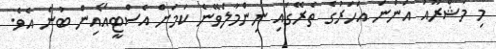
މި މަޝްރޫއު އަންނަ އަހަރުގެ ތެރޭގައި ނިންމާލަވޭނެ ކަމަށް އެސްޓީއޯއިން ބުނެ އެވެ.